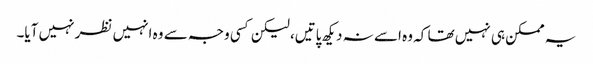
یہ ممکن ہی نہیں تھا کہ وہ اسے نہ دیکھ پاتیں، لیکن کسی وجہ سے وہ انہیں نظر نہیں آیا۔